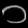
Digit: ၁